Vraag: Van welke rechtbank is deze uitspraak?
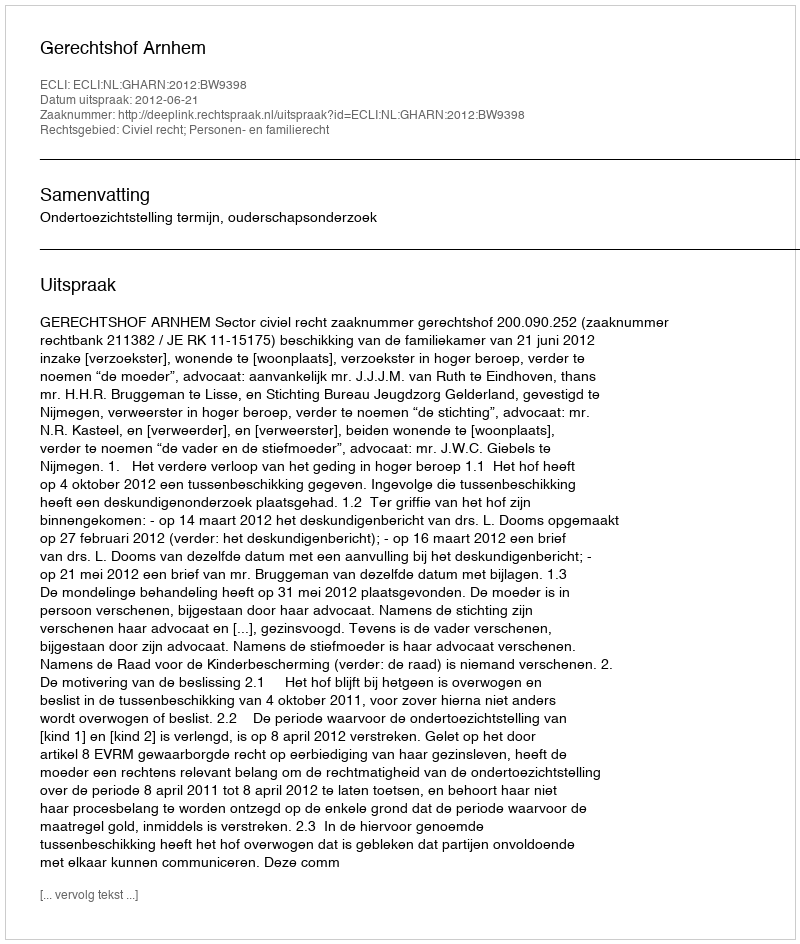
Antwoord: Gerechtshof Arnhem